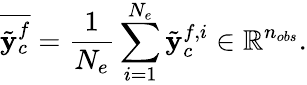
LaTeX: \overline{{\tilde{{\mathbf y}}_{c}^{f}}}=\frac{1}{N_{e}}\sum_{\substack{i=1}}^{N_{e}}{\tilde{{\mathbf y}}_{c}^{f,i}}\in\mathbb{R}^{n_{obs}}.